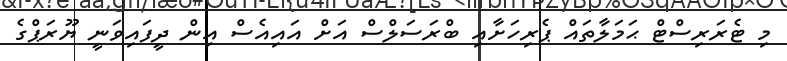
މި ޓެރަރިސްޓް ޙަމަލާތައް ޕެރިހަށާއި ބްރަސަލްސް އަށް އައިއެސް އިން ދީފައިވަނީ ޔޫރަޕްގެ